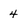
Character: 4